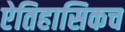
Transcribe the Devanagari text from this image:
ऐतिहासिकच